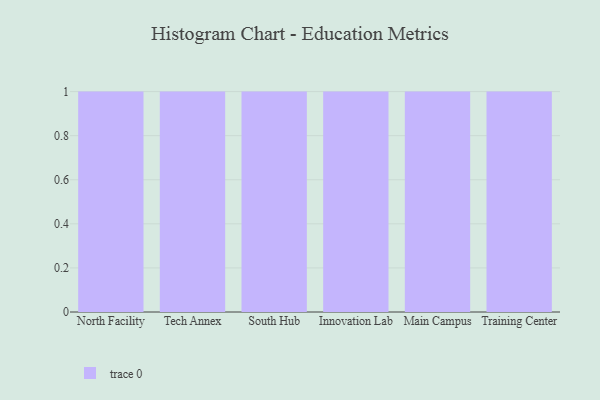
{"axis": {"x": "Campus", "y": "Active Users"}, "legend": [""], "data": [{"x": "North Facility", "y": 77, "type": ""}, {"x": "Tech Annex", "y": 27, "type": ""}, {"x": "South Hub", "y": 69, "type": ""}, {"x": "Innovation Lab", "y": 54, "type": ""}, {"x": "Main Campus", "y": 49, "type": ""}, {"x": "Training Center", "y": 95, "type": ""}]}